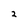
Character: 2